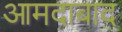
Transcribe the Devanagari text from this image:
आमदाबाद